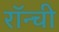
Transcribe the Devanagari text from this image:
रॉन्ची